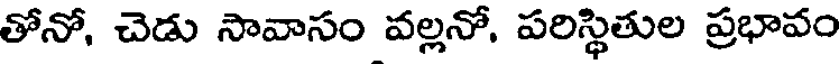
తోనో, చెడు సావాసం వల్లనో, పరిస్థితుల ప్రభావం